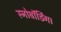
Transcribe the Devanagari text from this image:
स्नोबॉर्डिंग।